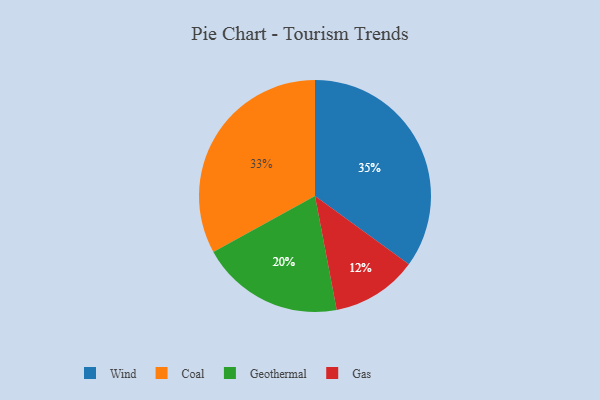
{"axis": {"x": "Category", "y": "Percentage"}, "legend": ["Coal", "Gas", "Geothermal", "Wind"], "data": [{"x": "Wind", "y": 35, "type": "Wind"}, {"x": "Geothermal", "y": 20, "type": "Geothermal"}, {"x": "Coal", "y": 33, "type": "Coal"}, {"x": "Gas", "y": 12, "type": "Gas"}]}